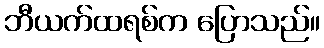
ဘီယက်ထရစ်က ပြောသည်။